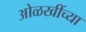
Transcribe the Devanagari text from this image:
ओळखींच्या